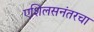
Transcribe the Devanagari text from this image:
एशिलसनंतरचा